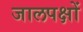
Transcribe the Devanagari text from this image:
जालपक्षों